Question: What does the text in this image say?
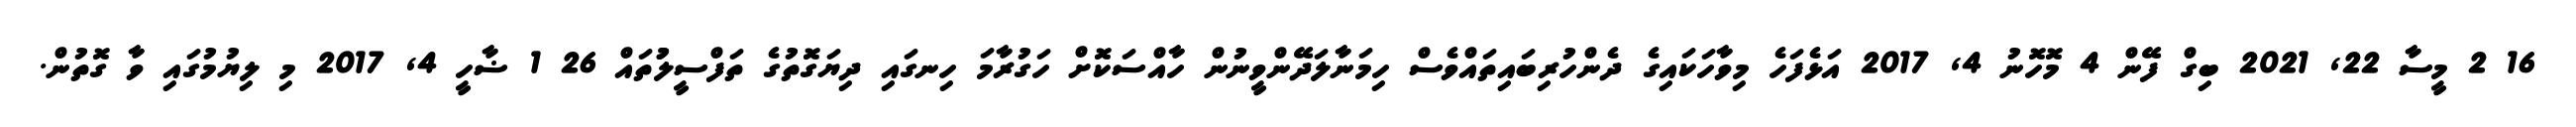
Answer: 16 2 މީސާ 22, 2021 ބިގް ފޭން 4 މޮހޮނު 4, 2017 އަޅެފަހެ މިވާހަކައިގެ ދެންހުރިބައިތައްވެސް ހިމަނާލަދޭންވީނުން ހާއްސަކޮށް ހަގުރާމަ ހިނގައި ދިޔަގޮތުގެ ތަފްސީލުުތައް 26 1 ޟާހީ 4, 2017 މި ލިޔުމުގައި ވާ ގޮތުން.